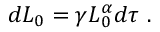
\begin{array} { r } { d L _ { 0 } = \gamma L _ { 0 } ^ { \alpha } d \tau \ . } \end{array}